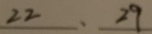
2 2 、 2 9